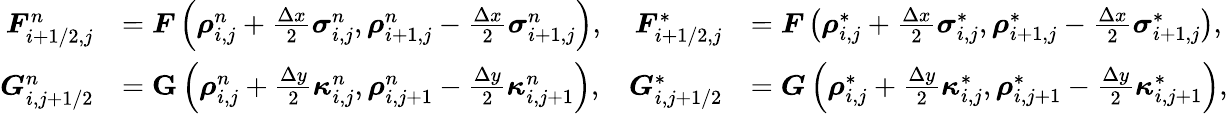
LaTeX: \begin{array}{rlrl}{\boldsymbol{F}_{i+1/2,j}^{n}}&{=\boldsymbol{F}\left(\boldsymbol{\rho}_{i,j}^{n}+\frac{\Delta x}{2}\boldsymbol{\sigma}_{i,j}^{n},\boldsymbol{\rho}_{i+1,j}^{n}-\frac{\Delta x}{2}\boldsymbol{\sigma}_{i+1,j}^{n}\right),}&{\boldsymbol{F}_{i+1/2,j}^{*}}&{=\boldsymbol{F}\left(\boldsymbol{\rho}_{i,j}^{*}+\frac{\Delta x}{2}\boldsymbol{\sigma}_{i,j}^{*},\boldsymbol{\rho}_{i+1,j}^{*}-\frac{\Delta x}{2}\boldsymbol{\sigma}_{i+1,j}^{*}\right),}\\ {\boldsymbol{G}_{i,j+1/2}^{n}}&{=\mathbf{G}\left(\boldsymbol{\rho}_{i,j}^{n}+\frac{\Delta y}{2}\boldsymbol{\kappa}_{i,j}^{n},\boldsymbol{\rho}_{i,j+1}^{n}-\frac{\Delta y}{2}\boldsymbol{\kappa}_{i,j+1}^{n}\right),}&{\boldsymbol{G}_{i,j+1/2}^{*}}&{=\boldsymbol{G}\left(\boldsymbol{\rho}_{i,j}^{*}+\frac{\Delta y}{2}\boldsymbol{\kappa}_{i,j}^{*},\boldsymbol{\rho}_{i,j+1}^{*}-\frac{\Delta y}{2}\boldsymbol{\kappa}_{i,j+1}^{*}\right),}\end{array}